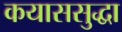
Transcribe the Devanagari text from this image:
कयाससुद्धा